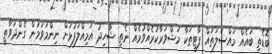
ބޮޑެތި ބައެއް މައްސަލަތައް ޕާޓީތަކާ މަޝްވަރާކުރެއްވުމެއް ނެތި ޝާހިދު އަމިއްލަފުޅަށް ނިންމަވަމުން ގެންދަވާތީ